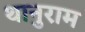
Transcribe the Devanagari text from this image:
थानुराम